Tezpur Lunatic Asylum reports 1895-1904 - 1895-1904
Year: 1895
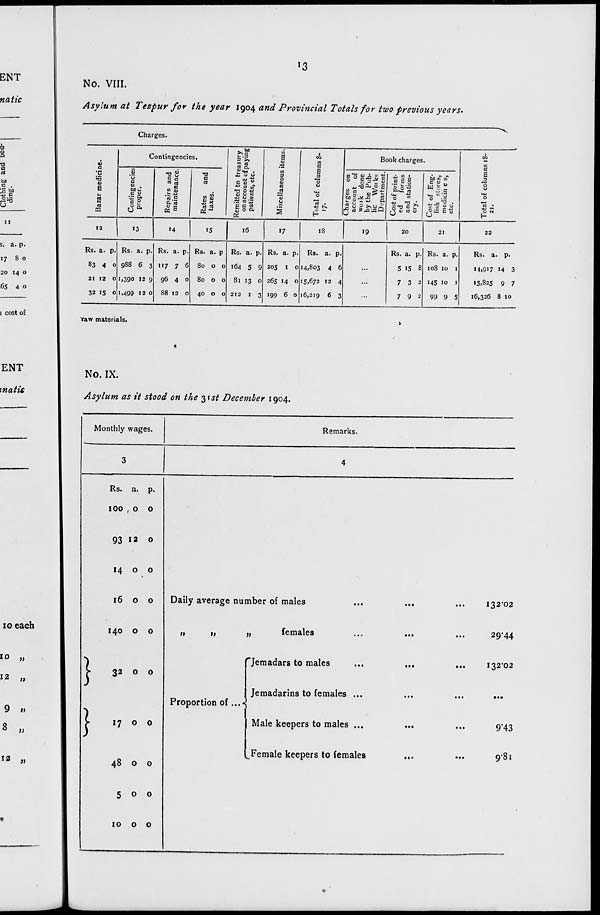
ENT
natic
o
o
a
TJ
C
(4
to
E .
IB bo
u^3
ii
3. a. 1 ).
17 8 0
20 14 0
65 4 0
cost of
ENT
matte
10 each
10 „
12 „
9 11
8 M
12 »
«3
No. VIII.
Asylum at Tezpur for the year iqo/^ and Provincial Totals for two previous years.
Charges.
c
E
12
Contingencies.
'o
E
G
E <u
B g
c5-
>3
rt rt
e
'S .5
fi
T3
B
rt
id
rt
OS
^bo
2
f
w .5
|
3 >»
« rt
?! a
tfl
3
PH"
O
01
« B of
B
<U U E
-3
•*-< U 01
B
.t; n'i
y
part
goo.
s
02
'
B
E
3
8
H
Book charges.
T3 0. O J
<u E v>E
bazJXJz
g rt s.o;5Q
.5 e o
B«S rt
"B «
ST? I f
Q m a
b/j ui in
B v
W S
u
a
o
•a
B
E
3
"o
o
si M
"o N
h
»4
15
16
17
19
20
21
22
Rs. a. p-
83 4 0
21 12 0
32 15 0
Rs. a. p.
988 6 3
1,390 12 9
1,499 12 o
Rs. a. p.
117 7 6
96 4 0
88 12 0
Rs. a. p
80 0 0
80 0 0
40 0 0
Rs. a. p
164 5 9
81 13 o
212 1 3
Rs. a. P-
205 1 0
265 »4 0
199 6 0
Rs. a. P-
14,803 4 6
15.672 12 4
16,219 6 3
Rs. a. p.
5 15 8
7 3 2
7 9 2
Rs. a. P-
108 10 1
145 10 1
99 9 5
Rs. a. p.
M.917 M 3
«5,825 9 7
16,326 8 10
Taw materials.
No. IX.
Asylum as it stood on the 31st December 1904.
Monthly wages.
Remarks.
}
}
Rs. a. p.
100 . o o
93 «2 0
14 o o
16 o o
140 o o
32 o o
17 o 0
48 o o
500
10 o o
Daily average number of males
t)
»
females
Proportion of ...-
Jemadars to males
Jemadarins to females ...
Male keepers to males ...
Female keepers to females
I32'02
29-44
132*02
9'43
9-81